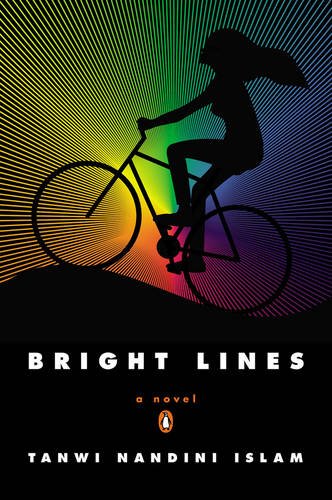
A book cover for Bright Lines: A Novel; Tanwi Nandini Islam; Literature & Fiction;